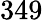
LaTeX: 349